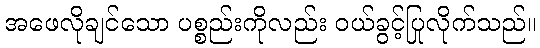
အဖေလိုချင်သော ပစ္စည်းကိုလည်း ဝယ်ခွင့်ပြုလိုက်သည်။